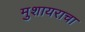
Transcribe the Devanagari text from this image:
मुशायराचा